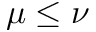
\mu \le \nu